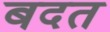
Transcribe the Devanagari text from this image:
बदत